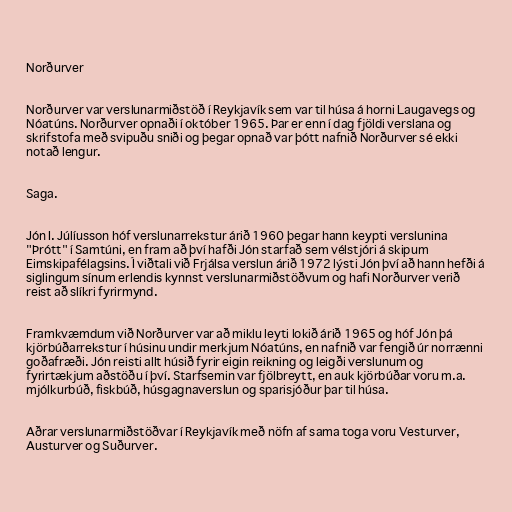
Norðurver

Norðurver var verslunarmiðstöð í Reykjavík sem var til húsa á horni Laugavegs og
Nóatúns. Norðurver opnaði í október 1965. Þar er enn í dag fjöldi verslana og
skrifstofa með svipuðu sniði og þegar opnað var þótt nafnið Norðurver sé ekki
notað lengur.

Saga.

Jón I. Júlíusson hóf verslunarrekstur árið 1960 þegar hann keypti verslunina
"Þrótt" í Samtúni, en fram að því hafði Jón starfað sem vélstjóri á skipum
Eimskipafélagsins. Í viðtali við Frjálsa verslun árið 1972 lýsti Jón því að hann hefði á
siglingum sínum erlendis kynnst verslunarmiðstöðvum og hafi Norðurver verið
reist að slíkri fyrirmynd.

Framkvæmdum við Norðurver var að miklu leyti lokið árið 1965 og hóf Jón þá
kjörbúðarrekstur í húsinu undir merkjum Nóatúns, en nafnið var fengið úr norrænni
goðafræði. Jón reisti allt húsið fyrir eigin reikning og leigði verslunum og
fyrirtækjum aðstöðu í því. Starfsemin var fjölbreytt, en auk kjörbúðar voru m.a.
mjólkurbúð, fiskbúð, húsgagnaverslun og sparisjóður þar til húsa.

Aðrar verslunarmiðstöðvar í Reykjavík með nöfn af sama toga voru Vesturver,
Austurver og Suðurver.